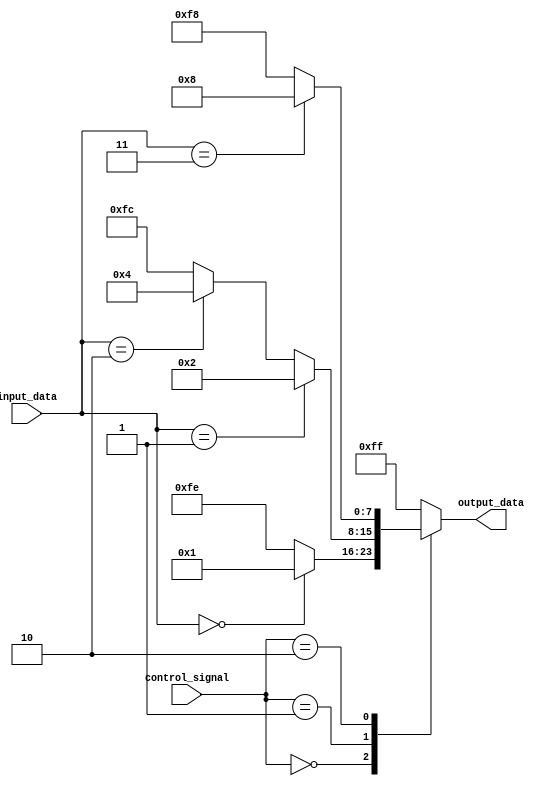
module case_behavioral_model(input [3:0] input_data,
                             input [1:0] control_signal,
                             output reg [7:0] output_data);

always @(*) begin
    case(control_signal)
        0: begin
            if(input_data == 4'b0000)
                output_data = 8'b00000001;
            else
                output_data = 8'b11111110;
        end
        1: begin
            if(input_data == 4'b0001)
                output_data = 8'b00000010;
            else if(input_data == 4'b0010)
                output_data = 8'b00000100;
            else
                output_data = 8'b11111100;
        end
        2: begin
            if(input_data == 4'b0011)
                output_data = 8'b00001000;
            else
                output_data = 8'b11111000;
        end
        default: output_data = 8'b11111111;
    endcase
end

endmodule